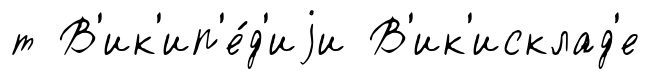
т В'ик'ип'е́д'иjи В'ик'исклад'е